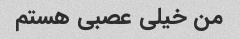
من خیلی عصبی هستم